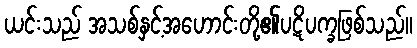
ယင်းသည် အသစ်နှင့်အဟောင်းတို့၏ပဋိပက္ခဖြစ်သည်။